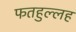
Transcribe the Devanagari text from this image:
फतहुल्लह